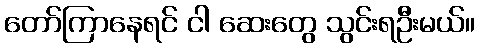
တော်ကြာနေရင် ငါ ဆေးတွေ သွင်းရဦးမယ်။